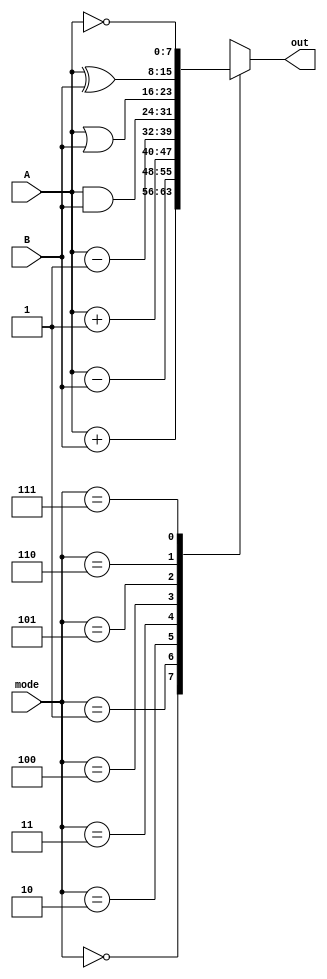
`timescale 1ns / 1ps
//////////////////////////////////////////////////////////////////////////////////
// Company: 
// Engineer: 
// 
// Design Name: 
// Module Name:    ALU 
// Project Name: 
// Target Devices: 
// Tool versions: 
// Description: 
//
// Dependencies: 
//
// Revision: 
// Revision 0.01 - File Created
// Additional Comments: 
//
//////////////////////////////////////////////////////////////////////////////////


module ALU(A, B, out, mode);
	
	input	[7:0]		A, B;
	output [7:0] 	out;
	input	[2:0]		mode;
	
	assign out = ALU_func(A, B, mode);

	function [7:0] ALU_func;

		input [7:0]		A;
		input [7:0]		B;
		input	[2:0]		mode;
	
		reg	[7:0] 	temp;
	
		begin
			case(mode)
				3'b000: 	temp = A + B; 
				3'b001: 	temp = A - B; 
				3'b010: 	temp = A + 1; 
				3'b011: 	temp = A - 1; 
				3'b100: 	temp = A & B; 
				3'b101: 	temp = A | B; 
				3'b110: 	temp = A ^ B; 
				3'b111: 	temp = ~A; 
			endcase
		
			ALU_func = temp;
		end
	endfunction

endmodule